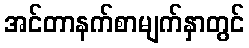
အင်တာနက်စာမျက်နှာတွင်